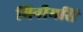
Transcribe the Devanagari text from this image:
मिनीमसि